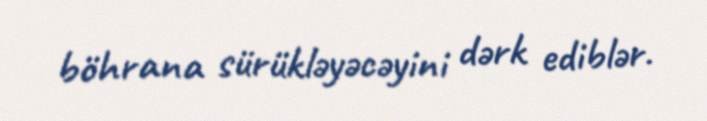
böhrana sürükləyəcəyini dərk ediblər.